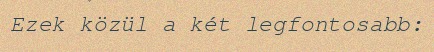
Ezek közül a két legfontosabb: